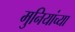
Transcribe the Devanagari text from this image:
मुनियांच्या